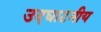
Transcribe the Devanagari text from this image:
उदघाटनीय